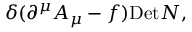
\delta ( \partial ^ { \mu } A _ { \mu } - f ) \mathrm { D e t } N ,